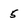
Character: 5